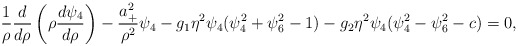
\begin{align*}\frac{1}{\rho}\frac{d}{d\rho}\left(\rho\frac{d\psi_4}{d\rho}\right)-\frac{a_+^2}{\rho^2}\psi_4-g_1\eta^2\psi_4(\psi_4^2+\psi_6^2-1)-g_2\eta^2\psi_4(\psi_4^2-\psi_6^2-c)=0,\end{align*}